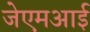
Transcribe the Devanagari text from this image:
जेएमआई